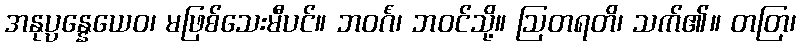
အနုပ္ပန္နေယေဝ၊ မဖြစ်သေးမီပင်။ ဘဝင်္ဂံ၊ ဘဝင်သို့။ ဩတရတိ၊ သက်၏။ တတြ၊